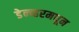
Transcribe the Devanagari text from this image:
डेन्व्हरमधून